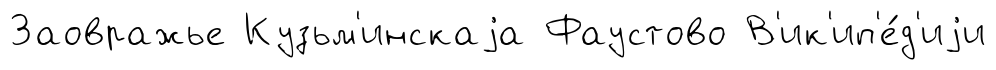
Заовражье Кузьм'инскаjа Фаустово В'ик'ип'е́д'иjи